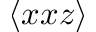
\langle x x z \rangle